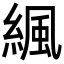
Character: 𦂱